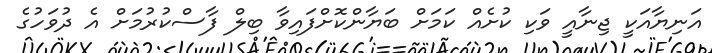
އަނިޔާއަކީ ޖިނާއީ ވަކި ކުށެއް ކަމަށް ބަޔާންކޮށްފައިވާ ބިލް ފާސްކުރުމަށް އެ ދުވަހުގެ